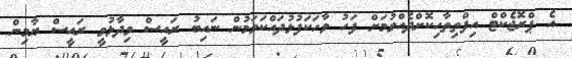
އެ ޕްރޮޖެކްޓް އިފްތިތާހިކޮށްދެއްވުމަށް ފަހު ވާހަކަފުޅުދައްކަވަމުން ނައިބު ރައީސް ވިދާޅުވީ ރައީސް ޔާމިން